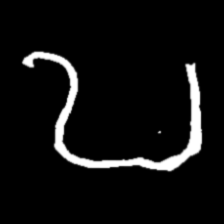
Pyu character \u2014 Myanmar letter: ဎ (romanized: ddha)